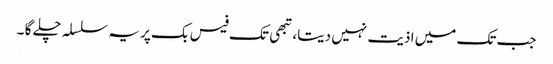
جب تک میں اذیت نہیں دیتا، تبھی تک فیس بک پر یہ سلسلہ چلے گا ۔